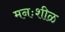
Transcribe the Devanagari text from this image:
मनःशीळ